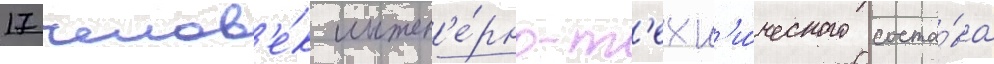
17 челов'е́к инжен'е́рно-т'ехн'и́ческого соста́ва